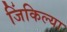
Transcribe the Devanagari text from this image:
जिंकिल्या